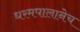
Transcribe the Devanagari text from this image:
धरमपालानेच